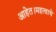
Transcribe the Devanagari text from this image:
आहेत।महत्वाचे